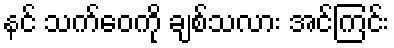
နင် သက်ဝေကို ချစ်သလား အင်ကြင်း